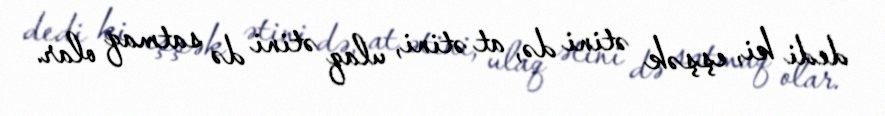
dedi ki, eşşək ətini də, at ətini, ulaq ətini də satmaq olar.